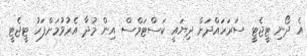
އެ ދޯނި ޓީޖެޓީ ސަރަހައްދަށް ދިޔައީ ކަސްޓަމްސް އިން މުދާ އެރުވުމަށްފަހު ޓީޖެޓީ